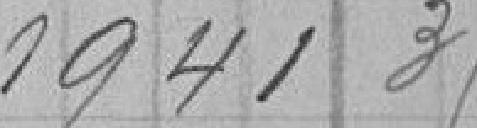
1 941,35